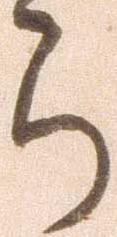
ら